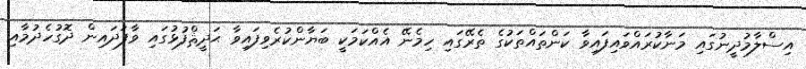
އިސްލާމުދީނުގައި މަނާކުރައްވައިފައިވާ ކަންތައްތަކުގެ ތެރޭގައި ހިމެނޭ އެއްކަމަކީ ބަޔާންކުރެވިފައިވާ ޙަދީޘްފުޅުގައި ވާފަދައިން ދޮގުހެދުމާއި